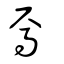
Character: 焉